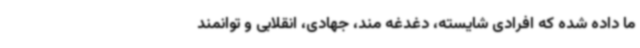
ما داده شده که افرادی شایسته، دغدغه مند، جهادی، انقلابی و توانمند